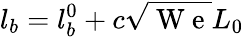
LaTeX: l_{b}=l_{b}^{0}+c\sqrt{\mathrm{~W~e~}}L_{0}